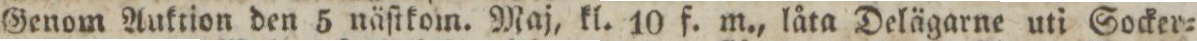
Genom Auktion den 5 näſtkom. Maj, kl. 10 f. m., låta Delägarne uti Socker=